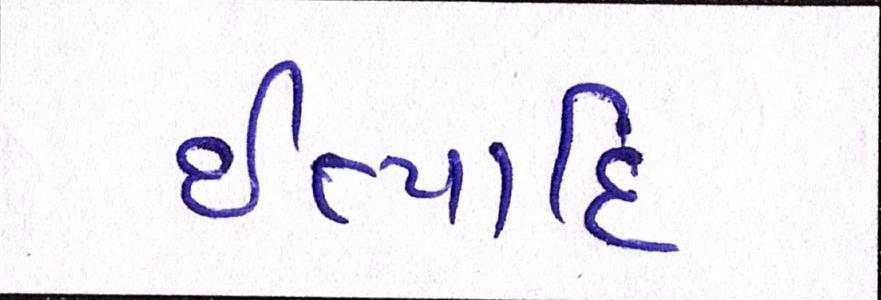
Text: ઈત્યાદિ